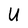
Character: U